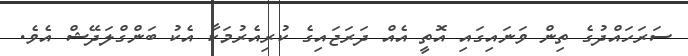
ސަރަހައްދުގެ ތިން ވަނައިގައި އޮތީ އެއް ދަރަޖައިގެ ކުރިއެރުމަކާ އެކު ބަންގްލަދޭޝް އެވެ.